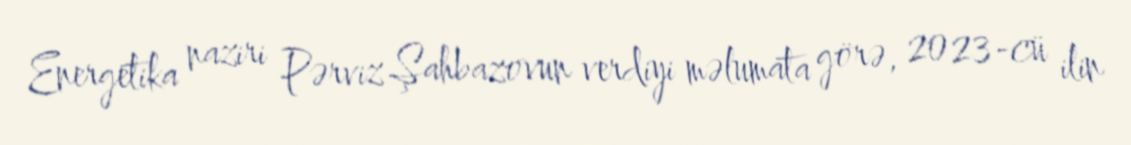
Energetika naziri Pərviz Şahbazovun verdiyi məlumata görə, 2023-cü ilin